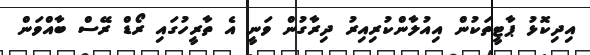
އިދިކޮޅު ޕާޓީތަކުން އިއުލާންކުރިއިރު ދިރާގުން ވަނީ އެ ތާރީހުގައި ރޯޑް ރޭސް ބާއްވަން